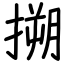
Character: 搠